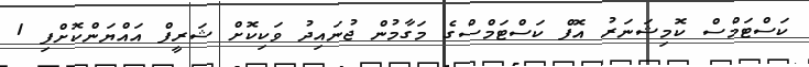
ކަސްޓަމްސް ކޮމިޝަނަރު އޮފް ކަސްޓަމްސްގެ މަގާމުން ޖުނައިދު ވަކިކޮށް ޝަރީފް އައްޔަންކޮށްފި 1